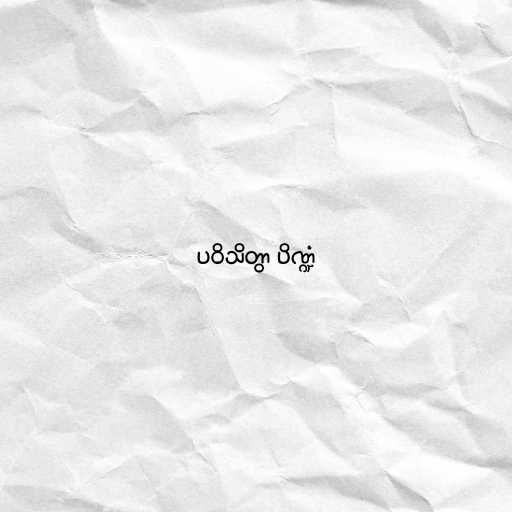
ပဝိသိတွာ ပိဏ္ဍံ